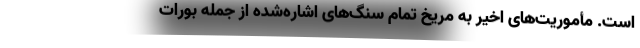
است. مأموریت‌های اخیر به مریخ تمام سنگ‌های اشاره‌شده از جمله بورات